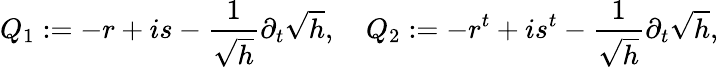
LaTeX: Q_{1}:=-r+is-\frac{1}{\sqrt{h}}\partial_{t}\sqrt{h},\quad Q_{2}:=-r^{t}+is^{t}-\frac{1}{\sqrt{h}}\partial_{t}\sqrt{h},